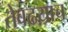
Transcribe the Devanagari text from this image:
तेवढय़ाच